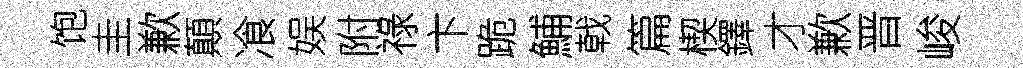
饱圭歉顛飡娱附祿卞跪鯆戟篇楔鐸才歉晋峻